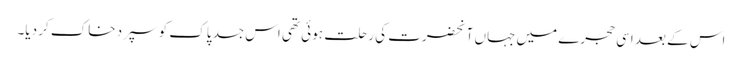
اس کے بعد اسی حجرے میں جہاں آنحضرت کی رحلت ہوئی تھی اس جسد پاک کو سپرد خاک کر دیا۔